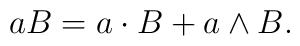
aB = a \cdot B + a \wedge B  .